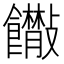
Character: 𩟴